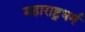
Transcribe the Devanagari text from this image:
महाराष्ट्रधर्म